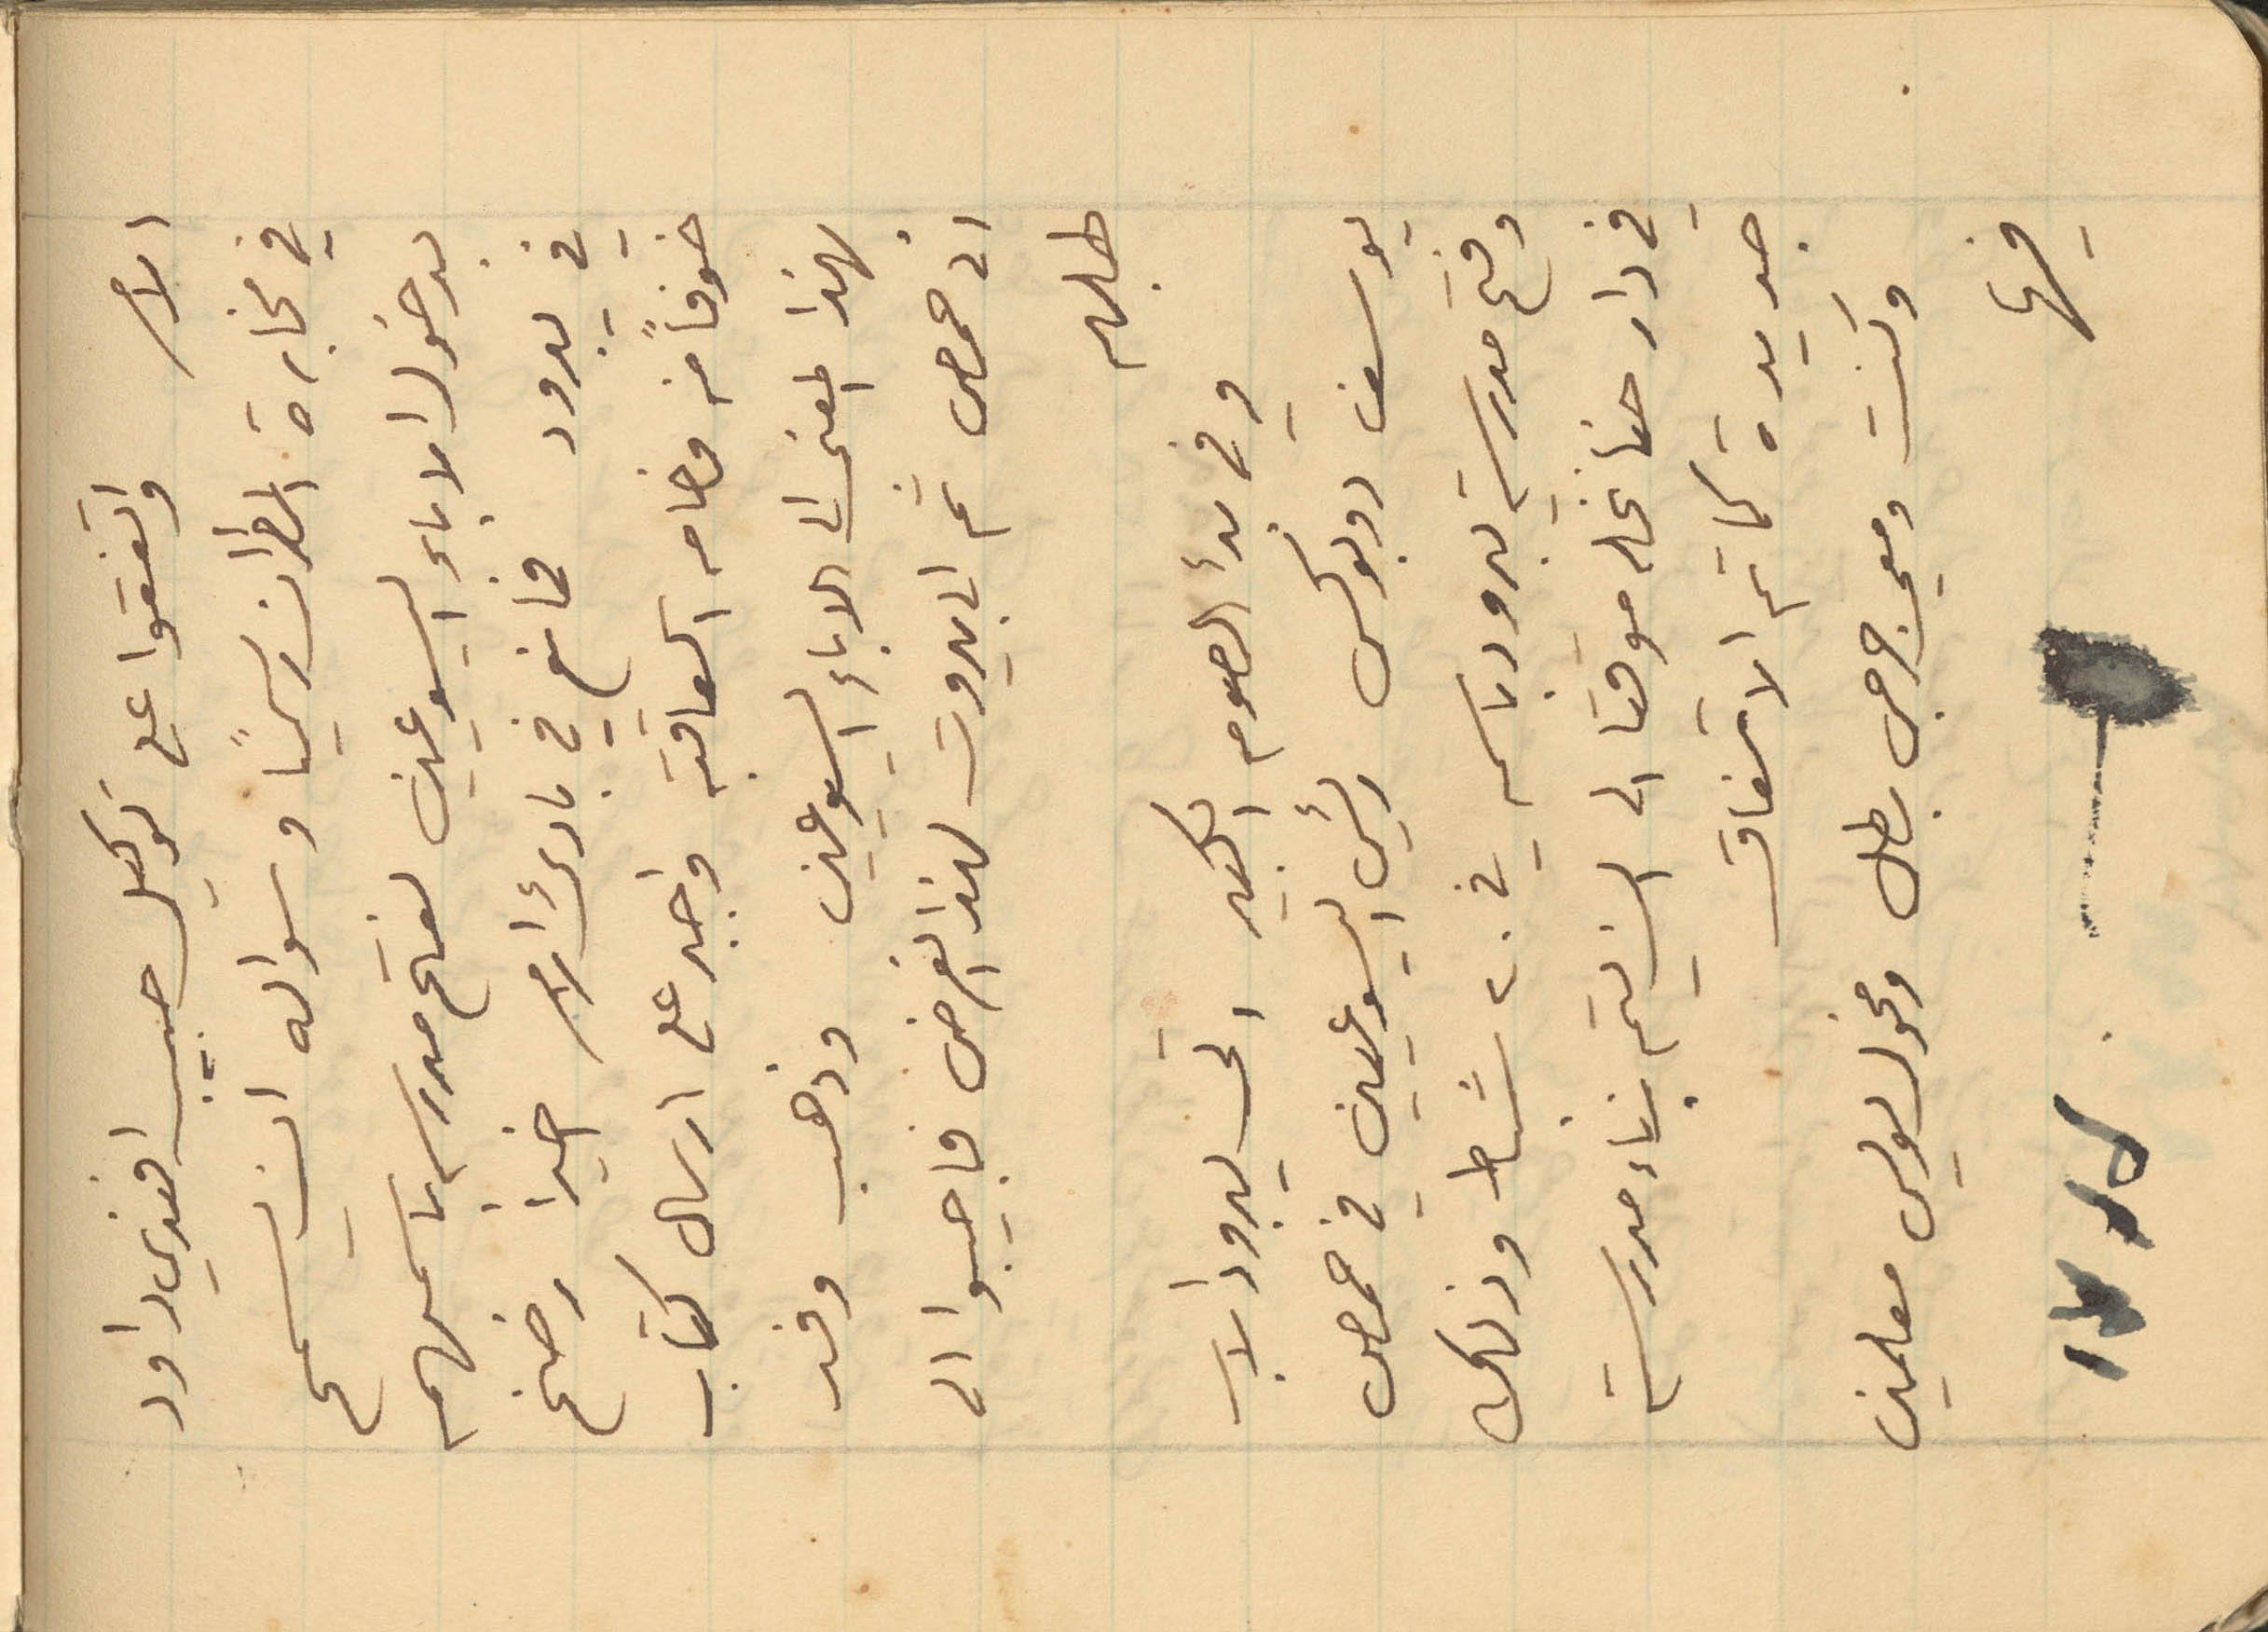
الامر واتفقوا على توكيل حبيب افندي داود
في مخابرة المطران رسمياً وسواله ان يسمح
خوفاً من وخامه العاقبه واجبر على ارسال كتاب
بهذا المعنى الى الاباء اليسوعيين وذهب وفد
الى حمص ثم الى بيروت لهذا الغرض فاجيبوا الى
طلبهم
وفي بدء الصوم الكبير اتى يبرود الاب
يوسف دوبوكس رئيس اليسوعيين في حمص
وفتح مدرسة يبرود باسمه في 20 شباط وذلك
في دار حنا نخله موقتا الى ان يتم بناء مدرسة
جديدة كما تم الاتفاق
وكنت ومعي جرجس بطل ومخول لويس معلمين
فيها
بدخول الاباء اليسوعيين لفتح مدرسه باسمهم
في يبرود فمانع في بادىء الامر اخيراً رضخ